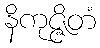
နိကုဇ္ဇိတံ